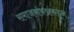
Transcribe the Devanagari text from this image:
समाजबांधवांकडून